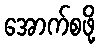
အောက်စဖို့